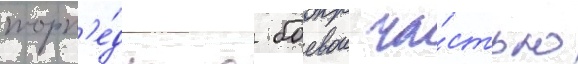
торп'е́ды с боевои ча́стью